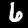
Digit: 6